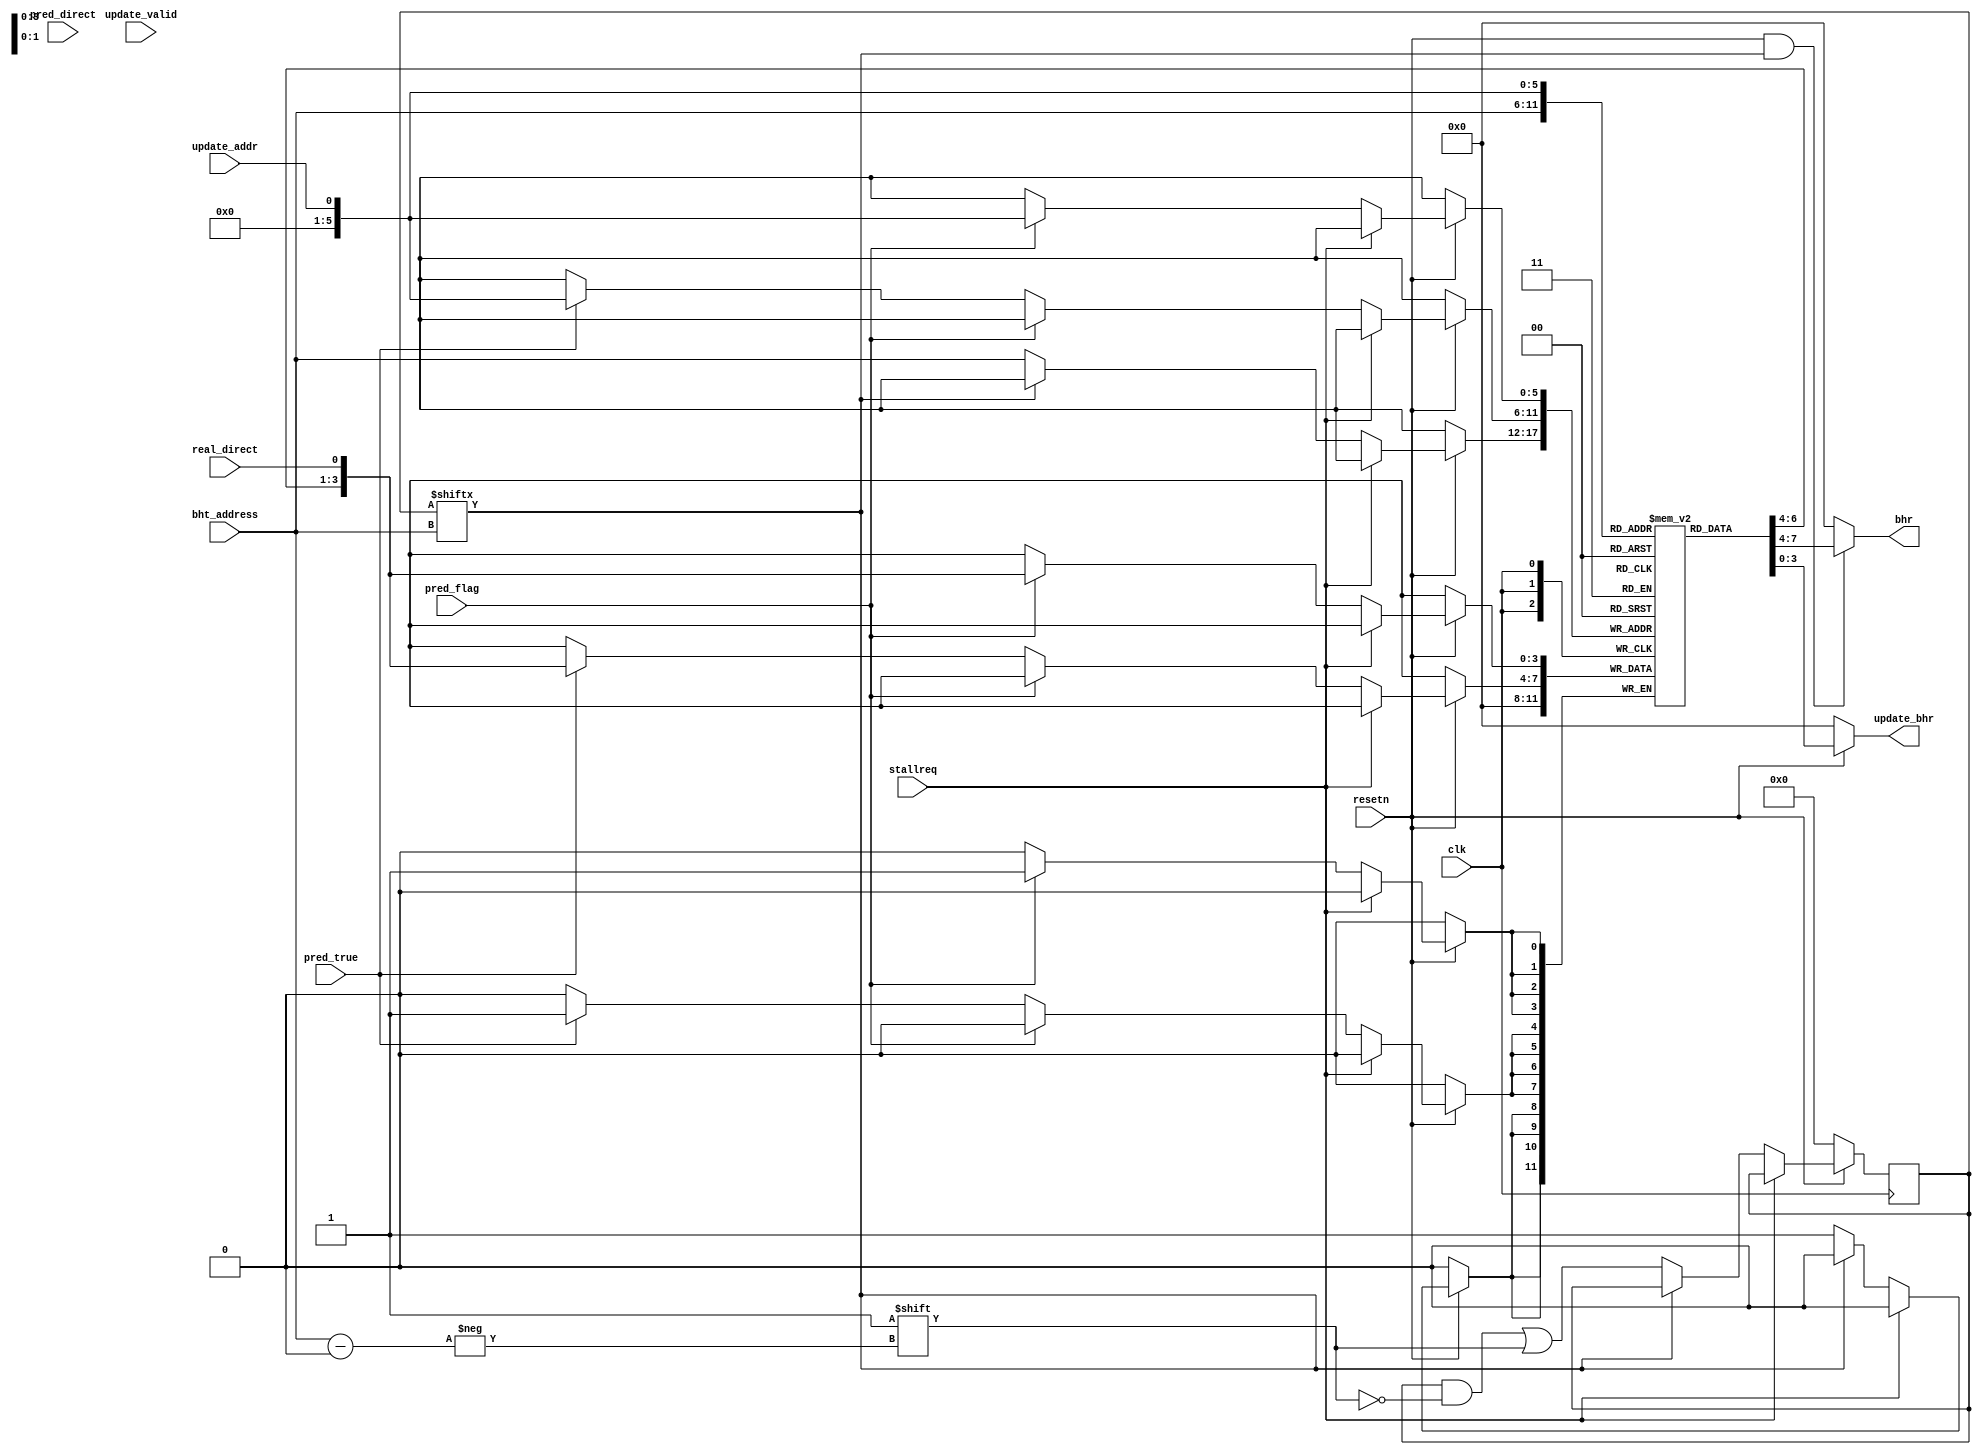
`timescale 1ns / 1ps
//////////////////////////////////////////////////////////////////////////////////
// Company: 
// Engineer: 
// 
// Design Name: 
// Module Name: naive_bht
// Project Name: 
// Target Devices: 
// Tool Versions: 
// Description: 
// 
// Dependencies: 
// 
// Revision:
// Revision 0.01 - File Created
// Additional Comments:
// 
//////////////////////////////////////////////////////////////////////////////////
//!!!7.9
//!!!a simple update strategy
//!!!while update,ex_info can easily calculate the bht'hash(address) for updating
//!!!don't use FIFO
 
module naive_bht(
    input           clk         ,
    input           resetn      ,
    input           stallreq    ,
    input           pred_true   ,
    input           update_addr ,
    input [ 5: 0]   bht_address ,
    input           pred_flag   ,
    input           pred_direct ,//form pht
    input           real_direct ,//
    input           update_valid,//current inst is branch inst,equal to bht_address valid

    output[ 3: 0]   update_bhr  ,
    output[ 3: 0]   bhr         
    );

    reg   [ 3: 0]   bht_reg     [63: 0] ;
    //stack
    //reg   [ 9: 0]   bht_buffer  [ 6: 0] ;//[9:4][3:0]:hash_addr[6]_bhr[4]//FIRST OUT
    //reg   [ 2: 0]   bht_buffer_pointer  ;

    reg   [63: 0]   bht_valid_list      ;//!
    //reg   [ 9: 0]   bht_buffer_second   ;

    //READ
    assign  bhr         = resetn & bht_valid_list[bht_address] ? bht_reg[bht_address] : 4'b0000                 ;//!!
    assign  update_bhr  = resetn ? bht_reg[update_addr] : 4'b0000                                               ;

    always @(posedge clk ) begin
        if (~resetn ) begin
            bht_valid_list  <= 64'h00000000_00000000;//!
            
            //bht_buffer[0]   <= 10'b0000000000       ;//
            //bht_buffer[1]   <= 10'b0000000000       ;
            //bht_buffer[2]   <= 10'b0000000000       ;
            //bht_buffer[3]   <= 10'b0000000000       ;
            //bht_buffer[4]   <= 10'b0000000000       ;
            //bht_buffer[5]   <= 10'b0000000000       ;
            //bht_buffer[6]   <= 10'b0000000000       ;
            //bht_buffer_pointer  <= 3'b000           ;
            
        end
        else
        if (stallreq) begin
            
        end
        else          begin
        
            if (pred_flag) begin
                bht_reg[update_addr]                        <= {bht_reg[bht_address][ 2: 0],real_direct}            ;
            end
            else           
            if (pred_true) begin
                bht_reg[update_addr]                        <= {bht_reg[bht_address][ 2: 0],real_direct}            ;
            end
            else           begin
            end

            if (bht_valid_list[bht_address]) begin
                
            end
            else                             begin
                bht_reg[bht_address]                        <= 4'b0000                                              ;
                bht_valid_list[bht_address]                 <= 1'b1                                                 ;
            end
        
        //!!also too complicated
            /*
            if (pred_flag) begin
                if (update_valid) begin
                    if (update_addr == bht_address) begin
                        bht_reg[bht_address]                <= {bht_reg[bht_address][ 1: 0],real_direct,pred_direct};
                    end
                    else
                    if (bht_valid_list[bht_address])    begin
                        bht_reg[bht_address]                <= {bht_reg[bht_address][ 2: 0],pred_direct}            ;
                        bht_reg[update_addr]                <= {bht_reg[update_addr][ 2: 0],real_direct}            ;
                    end
                    else                            begin
                        bht_reg[bht_address]                <= 4'b0000                                              ;
                        bht_valid_list[bht_address]         <= 1'b1                                                 ;
                        bht_reg[update_addr]                <= {bht_reg[update_addr][ 2: 0],real_direct}            ;
                    end
                end
            end
            else
            if (update_valid) begin
                if (bht_valid_list[bht_address]) begin
                    bht_reg[bht_address]                    <= {bht_reg[bht_address][ 2: 0],pred_direct}            ;
                end
                else                             begin
                    bht_reg[bht_address]                    <= 4'b0000                                              ;
                    bht_valid_list[bht_address]             <= 1'b1                                                 ;
                end 
            end
            else              begin
            end
            */

            //!!!too complicated
            /*if (pred_flag) begin//pred-fail
                if (update_valid) begin
                    if (~|(bht_address ^ bht_buffer[0][ 9: 4])) begin//confliction situation
                        bht_reg[bht_address]            <= {bht_buffer[0][ 1: 0],real_direct,pred_direct}   ;//update old/now
                        bht_buffer[0]                   <= {bht_address,bht_buffer[0][ 2: 0],real_direct}   ;//push in FIFO
                    end
                    else 
                    if (bht_valid_list[bht_address])            begin
                        bht_reg[bht_buffer[0][ 9: 4]]   <= {bht_buffer[0][ 2: 0],1'b0                   }   ;//update old
                        //at the same time,update by prediction
                        bht_reg[bht_address]            <= {bht_reg[bht_address][ 2: 0],pred_direct     }   ;//update now
                        bht_buffer[0]                   <= {bht_address,bht_reg[bht_address]            }   ;//push in FIFO
                    end
                    else                                        begin
                        bht_reg[bht_buffer[0][ 9: 4]]   <= {bht_buffer[0][ 2: 0],1'b0                   }   ;//update old
                        //at the same time,initial
                        bht_reg[bht_address]            <= 4'b0000                                          ;//initial now
                        bht_valid_list[bht_address]     <= 1'b1                                             ;//enable
                        bht_buffer[0]                   <= {bht_address,4'b0000                         }   ;//push in FIFO
                    end
                    bht_buffer_pointer                  <= 3'b001                                           ;//clear up buffer
                end
                else              begin
                    bht_reg[bht_buffer[0][ 9: 4]]       <= {bht_buffer[0][ 2: 0],1'b0}                      ;//update old
                    bht_buffer_pointer                  <= 3'b000                                           ;//clear up buffer
                end
            end
            else
            if (pred_true) begin
                if (update_valid) begin
                    if (bht_valid_list[bht_address]) begin
                        bht_reg[bht_address]            <= {bht_reg[bht_address][ 2: 0],pred_direct     }   ;//update now
                        if (|bht_buffer_pointer) begin
                            bht_buffer[bht_buffer_pointer - 1'b1]   <= {bht_address,bht_reg[bht_address]}   ;
                        end
                        else                     begin
                            bht_buffer[bht_buffer_pointer]          <= {bht_address,bht_reg[bht_address]}   ;//push in FIFO                            
                        end
                    end
                    else                             begin
                        bht_reg[bht_address]            <= 4'b0000                                          ;//initial now
                        bht_valid_list[bht_address]     <= 1'b1                                             ;//enable
                        if (|bht_buffer_pointer) begin
                            bht_buffer[bht_buffer_pointer - 1'b1]   <= {bht_address,4'b0000             }   ;
                        end
                        else                     begin
                            bht_buffer[bht_buffer_pointer]          <= {bht_address,4'b0000             }   ;//push in FIFO                        
                        end
                    end
                    case (bht_buffer_pointer)
                        3'b000: begin
                            //base:do nothing
                        end
                        3'b001: begin
                            //do nothing
                        end
                        3'b010: begin
                            bht_buffer[0]   <= bht_buffer[1];
                        end
                        3'b011: begin
                            bht_buffer[0]   <= bht_buffer[1];
                            bht_buffer[1]   <= bht_buffer[2];
                        end
                        3'b100: begin
                            bht_buffer[0]   <= bht_buffer[1];
                            bht_buffer[1]   <= bht_buffer[2];
                            bht_buffer[2]   <= bht_buffer[3];
                        end
                        3'b101: begin
                            bht_buffer[0]   <= bht_buffer[1];
                            bht_buffer[1]   <= bht_buffer[2];
                            bht_buffer[2]   <= bht_buffer[3];
                            bht_buffer[3]   <= bht_buffer[4];
                        end
                        3'b110: begin
                            bht_buffer[0]   <= bht_buffer[1];
                            bht_buffer[1]   <= bht_buffer[2];
                            bht_buffer[2]   <= bht_buffer[3];
                            bht_buffer[3]   <= bht_buffer[4];
                            bht_buffer[4]   <= bht_buffer[5];
                        end
                        default:begin
                            //do nothing
                        end
                    endcase
                end
                else                                 begin//rolling
                    bht_buffer[0]       <= bht_buffer[1];
                    bht_buffer[1]       <= bht_buffer[2];
                    bht_buffer[2]       <= bht_buffer[3];
                    bht_buffer[3]       <= bht_buffer[4];
                    bht_buffer[4]       <= bht_buffer[5];
                    bht_buffer[5]       <= bht_buffer[6];
                    if (|bht_buffer_pointer) begin
                        bht_buffer_pointer  <= bht_buffer_pointer + 3'b111  ;
                    end
                    else                     begin
                    end
                end
            end
            else           begin
                if (update_valid) begin
                    if (bht_valid_list[bht_address]) begin
                        bht_buffer[bht_buffer_pointer]  <= {bht_address,bht_reg[bht_address]       };
                        bht_reg[bht_address]            <= {bht_reg[bht_address][ 2: 0],pred_direct};
                    end
                    else                             begin
                        bht_buffer[bht_buffer_pointer]  <= {bht_address,4'b0000                    };
                        bht_reg[bht_address]            <= 4'b0000                                  ;
                        bht_valid_list[bht_address]     <= 1'b1                                     ;
                    end
                    bht_buffer_pointer                  <= bht_buffer_pointer + 3'b001              ;
                end
                else               begin
                    //do nothing
                end
            end*/
        end
    end
endmodule